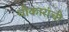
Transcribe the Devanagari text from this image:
चौकारांची